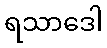
ရသာဒေါ